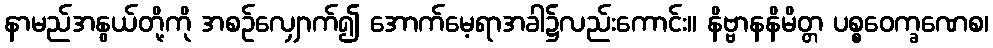
နာမည်အနွယ်တို့ကို အစဉ်လျှောက်၍ အောက်မေ့ရာအခါ၌လည်းကောင်း။ နိဗ္ဗာနနိမိတ္တ ပစ္စဝေက္ခဏေစ၊